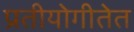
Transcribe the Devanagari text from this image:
प्रतीयोगीतेत